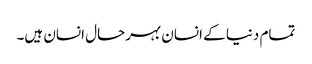
تمام دنیا کے انسان بہرحال انسان ہیں۔